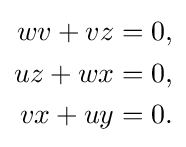
{\begin{aligned}wv+vz&=0,\\uz+wx&=0,\\vx+uy&=0.\end{aligned}}